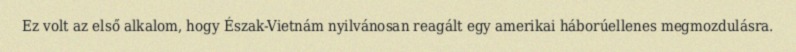
Ez volt az első alkalom, hogy Észak-Vietnám nyilvánosan reagált egy amerikai háborúellenes megmozdulásra.